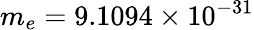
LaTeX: m_{e}=9.1094\times 10^{-31}